Vaccination in Burma 1920-1933 - 1920-1933
Year: 1920
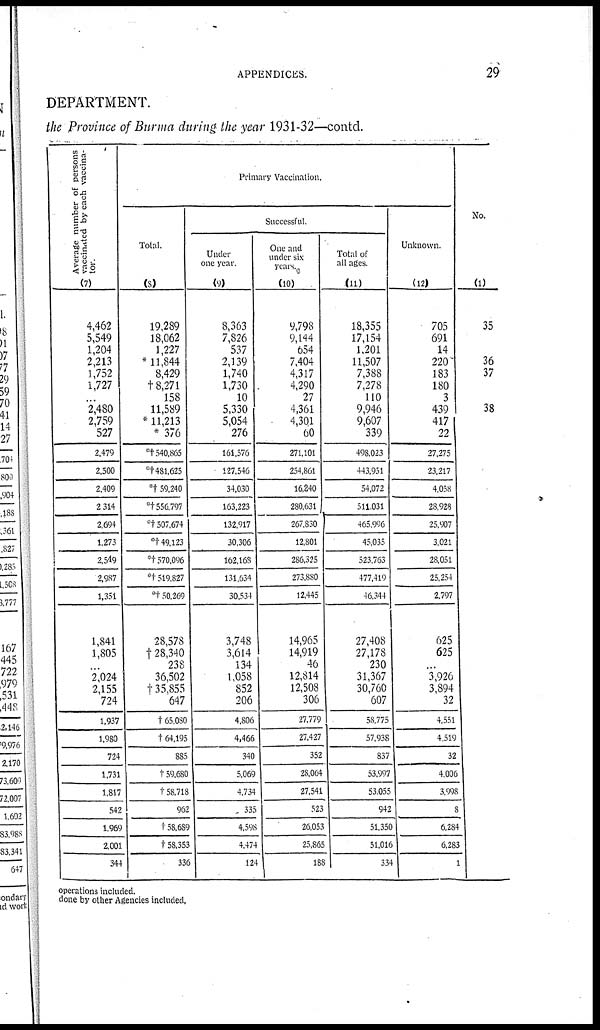
APPENDICES.
29
DEPARTMENT.
the Province of Burma during the year 1931-32—contd.
Average number of persons
vaccinated by each vaccina-
tor.
(7)
4,462
5,549
1,204
2,213
1,752
1,727
...
2,480
2,759
1,527
2,479
2,500
2,409
2,314
2,694
1,273
2,549
2,987
1,351
1,841
1,805
...
2,024
2,155
724
1,937
1,980
724
1,731
1,817
542
1,969
2,001
344
Primary Vaccination.
Total.
(8)
19,289
18,062
1,227
* 11,844
8,429
†8,271
158
11,589
* 11,213
* 376
*† 540,865
*† 481,625
*† 59,240
*† 556,797
*†507,674
*† 49,123
*† 570,096
*† 519,827
*† 50,269
28,578
†28,340
238
36,502
†35,855
647
†65,080
† 64,195
885
†59,680
†58,718
962
†58,689
†58,353
336
Successful.
Under
one year.
(9)
8,363
7,826
537
2,139
1,740
1,730
10
5,330
5,054
276
161,576
127,546
34,030
163,223
132,917
30,306
162,168
131,634
30,534
3,748
3,614
134
1,058
852
206
4,806
4,466
340
5,069
4,734
335
4,598
4,474
124
One and
under six
years.
(10)
9,798
9,144
654
7,404
4,317
4,290
27
4,361
4,301
60
271,101
254,861
16,240
280,631
267,830
12,801
286,325
273,880
12,445
14,965
14,919
46
12,814
12,508
306
27,779
27,427
352
28,064
27,541
523
26,053
25,865
188
Total of
all ages.
(11)
18,355
17,154
1,201
11,507
7,388
7,278
110
9,946
9,607
339
498,023
443,951
54,072
511,031
465,996
45,035
523,763
477,419
46,344
27,408
27,178
230
31,367
30,760
607
58,775
57,938
837
53,997
53,055
942
51,350
51,016
334
Unknown.
(12)
705
691
14
220
183
180
3
439
417
22
27,275
23,217
4,058
28,928
25,907
3,021
28,051
25,254
2,797
625
625
...
3,926
3,894
32
4,551
4,519
32
4,006
3,998
8
6,284
6,283
1
No.
(1)
35
36
37
38
operations included.
done by other Agencies included.